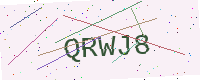
Text: QRWJ8